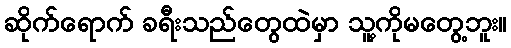
ဆိုက်ရောက် ခရီးသည်တွေထဲမှာ သူ့ကိုမတွေ့ဘူး။